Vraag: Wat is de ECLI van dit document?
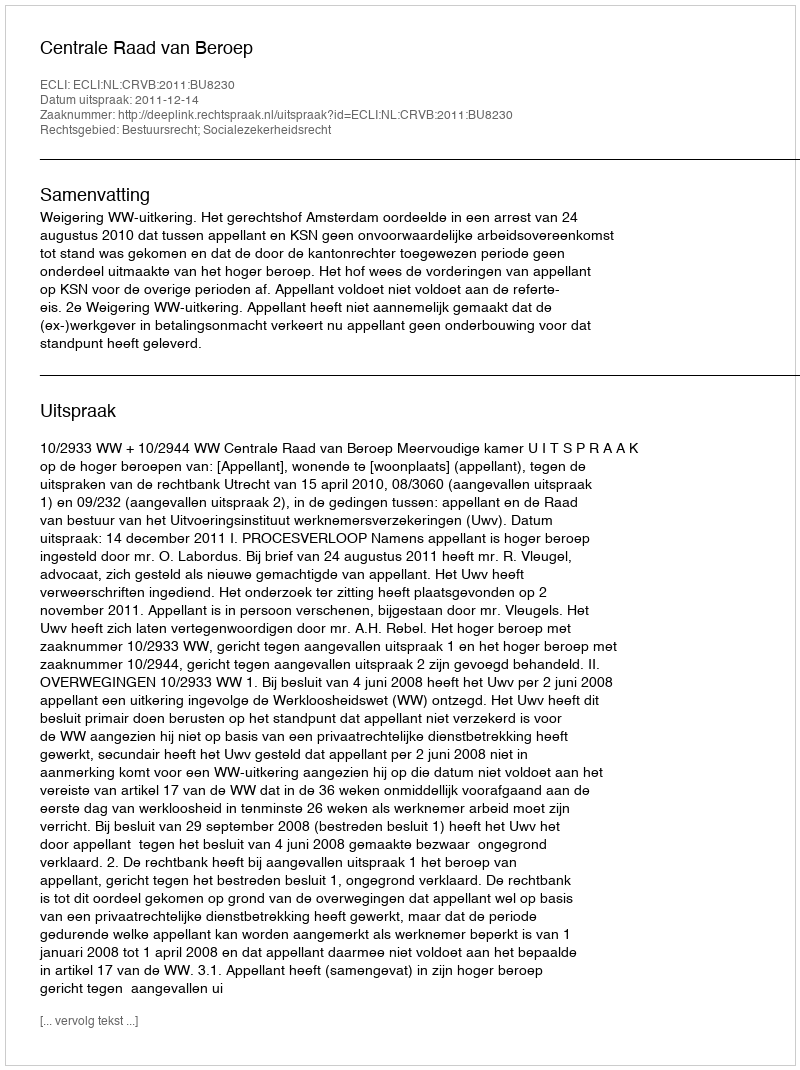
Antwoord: ECLI:NL:CRVB:2011:BU8230